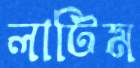
লাটিম